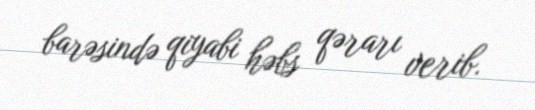
barəsində qiyabi həbs qərarı verib.